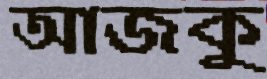
আজকু